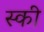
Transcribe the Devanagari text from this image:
स्‍की